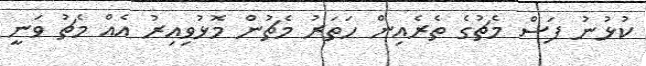
ކުޅުނު ފަސް މެޗުގެ ތެރެއިން ހަތަރު މެޗުން މޮޅުވިއިރު އެއް މެޗު ވަނީ